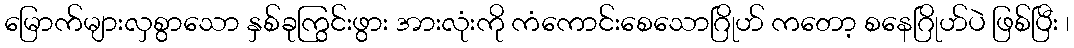
မြောက်များလှစွာသော နှစ်ခုကြွင်းဖွား အားလုံးကို ကံကောင်းစေသောဂြိုဟ် ကတော့ စနေဂြိုဟ်ပဲ ဖြစ်ပြီး ၊